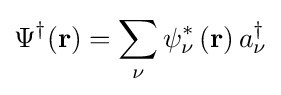
\Psi ^{\dagger }(\mathbf {r} )=\sum _{\nu }\psi _{\nu }^{*}\left(\mathbf {r} \right)a_{\nu }^{\dagger }